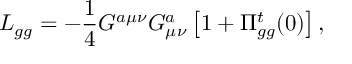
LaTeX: { \cal L } _ { g g } = - \frac { 1 } { 4 } G ^ { a \mu \nu } G _ { \mu \nu } ^ { a } \left[ 1 + \Pi _ { g g } ^ { t } ( 0 ) \right] ,